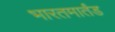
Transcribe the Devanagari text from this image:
भारतमार्तंड